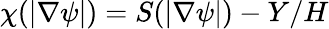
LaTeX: \chi(|\nabla\psi|)=S(|\nabla\psi|)-Y/H